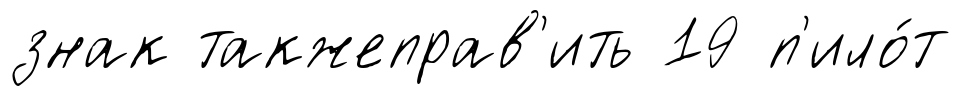
знак такжеправ'ить 19 п'ило́т